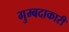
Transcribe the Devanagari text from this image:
गुम्बदाकारी